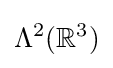
\Lambda ^{2}(\mathbb {R} ^{3})